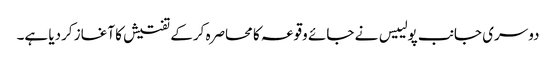
دوسری جانب پولییس نے جائے وقوعہ کا محاصرہ کرکے تفتیش کا آغاز کردیا ہے۔